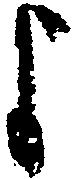
よ